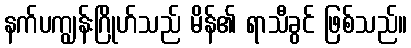
နက်ပကျွန်းဂြိုဟ်သည် မိန်၏ ရာသီခွင် ဖြစ်သည်။